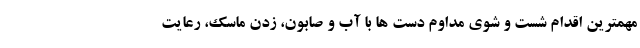
مهمترین اقدام شست و شوی مداوم دست ها با آب و صابون، زدن ماسک، رعایت